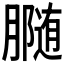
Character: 𰯟